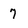
Character: 7